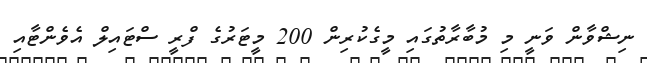
ނިޝްވާން ވަނީ މި މުބާރާތުގައި މީގެކުރިން 200 މީޓަރުގެ ފްރީ ސްޓައިލް އެވެންޓާއި